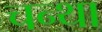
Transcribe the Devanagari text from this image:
चन्था